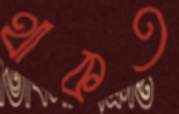
থাকত